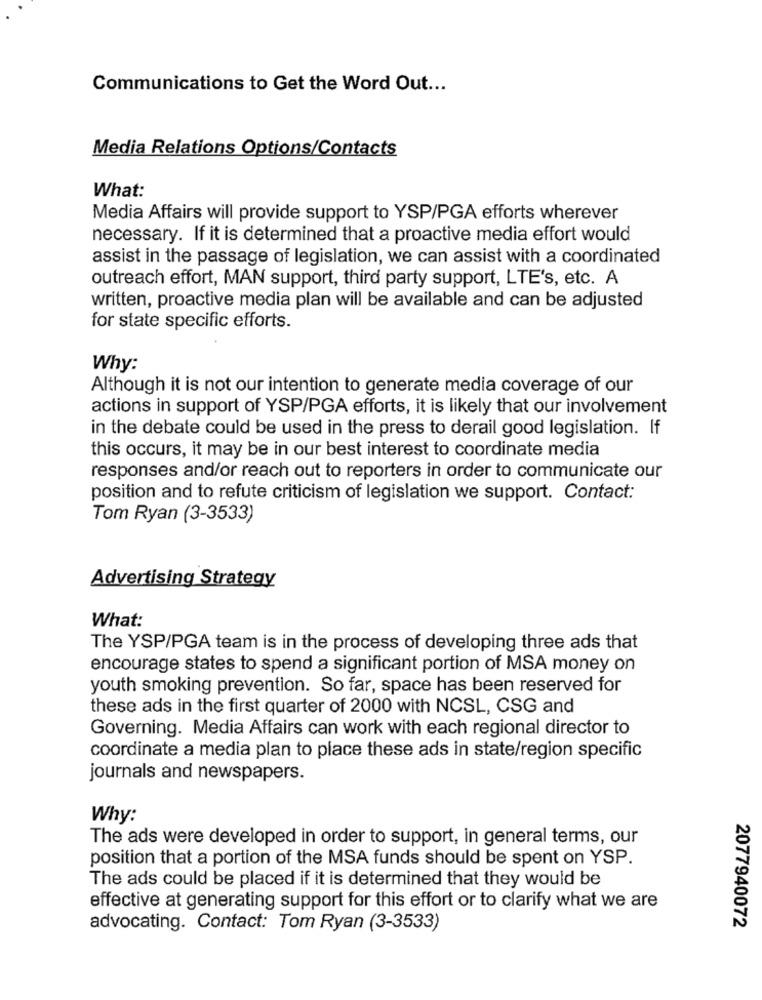
Communications to Get the Word Out ...
Media Relations Options/Contacts
What:
Media Affairs will provide support to YSP/PGA efforts wherever
necessary. If it is determined that a proactive media effort would
assist in the passage of legislation, we can assist with a coordinated
outreach effort, MAN support, third party support, LTE's, etc. A
written, proactive media plan will be available and can be adjusted
for state specific efforts.
Why:
Although it is not our intention to generate media coverage of our
actions in support of YSP/PGA efforts, it is likely that our involvement
in the debate could be used in the press to derail good legislation. If
this occurs, it may be in our best interest to coordinate media
responses and/or reach out to reporters in order to communicate our
position and to refute criticism of legislation we support. Contact:
Tom Ryan (3-3533)
Advertising Strategy
What:
The YSP/PGA team is in the process of developing three ads that
encourage states to spend a significant portion of MSA money on
youth smoking prevention. So far, space has been reserved for
these ads in the first quarter of 2000 with NCSL, CSG and
Governing. Media Affairs can work with each regional director to
coordinate a media plan to place these ads in state/region specific
journals and newspapers.
Why:
The ads were developed in order to support, in general terms, our
position that a portion of the MSA funds should be spent on YSP.
The ads could be placed if it is determined that they would be
effective at generating support for this effort or to clarify what we are
advocating. Contact: Tom Ryan (3-3533)
2077940072